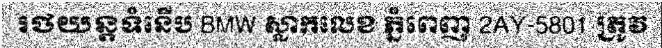
រថយន្តទំនើប BMW ស្លាកលេខ ភ្នំពេញ 2AY-5801 ត្រូវ